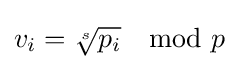
v_{i}={\sqrt[{s}]{p_{i}}}\mod p